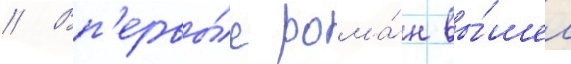
// Вп'ервы́е рома́н вы́шел